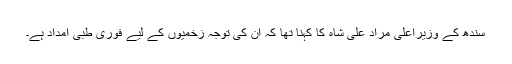
سندھ کے وزیراعلیٰ مراد علی شاہ کا کہنا تھا کہ ان کی توجہ زخمیوں کے لیے فوری طبی امداد ہے۔